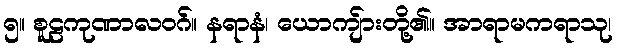
၅။ စူဠကုဏာလဝဂ်။ နရာနံ၊ ယောကျ်ားတို့၏။ အာရာမကရာသု၊